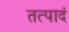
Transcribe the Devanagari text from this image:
तत्पादं